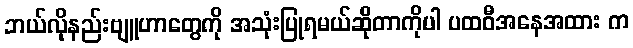
ဘယ်လိုနည်းဗျူဟာတွေကို အသုံးပြုရမယ်ဆိုတာကိုပါ ပထဝီအနေအထား က